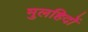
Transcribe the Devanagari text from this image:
मुलहिदों